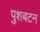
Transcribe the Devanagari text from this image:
पुशबटन